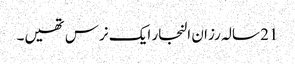
21 سالہ رزان النجار ایک نرس تھیں۔